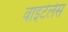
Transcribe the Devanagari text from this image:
वाइटेलेस